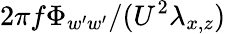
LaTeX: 2\pi f\Phi_{w^{\prime}w^{\prime}}/(U^{2}\lambda_{x,z})